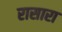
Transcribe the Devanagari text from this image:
रासारा